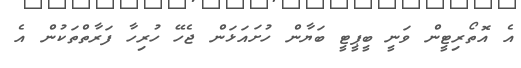
އެ އޮތޯރިޓީން ވަނީ ބީޕީޓީ ބަޔާން ހުށައަޅަން ޖެހޭ ހުރިހާ ފަރާތްތަކުން އެ